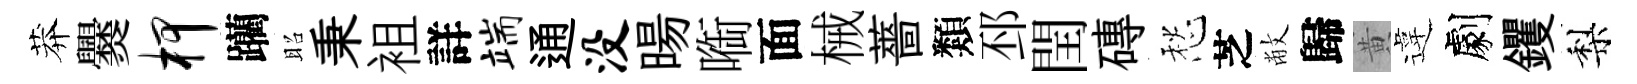
莽爨柙躪昭秉袓詳端通没暘㗸面械薔類邳閏磚愁芝敝歸黄違劇钁梨